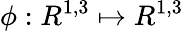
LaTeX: \phi:R^{1,3}\mapsto R^{1,3}